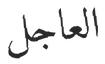
العاجل